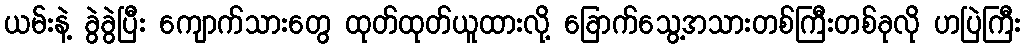
ယမ်းနဲ့ ခွဲခွဲပြီး ကျောက်သားတွေ ထုတ်ထုတ်ယူထားလို့ ခြောက်သွေ့အသားတစ်ကြီးတစ်ခုလို ဟပြဲကြီး